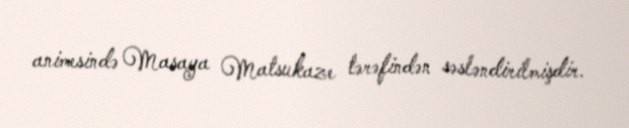
animesində Masaya Matsukaze tərəfindən səsləndirilmişdir.